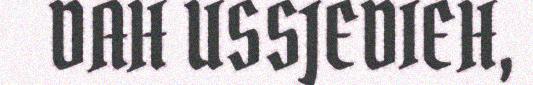
DAH USSJEDIEH,